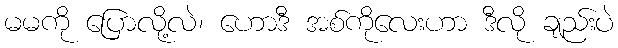
မမကို ပြောလို့လဲ၊ ဟောဒီ အစ်ကိုလေးဟာ ဒီလို ချည်းပဲ